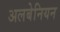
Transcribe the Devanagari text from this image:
अलबेनियन